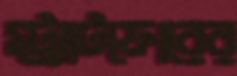
স্ট্র্যাটফোরের